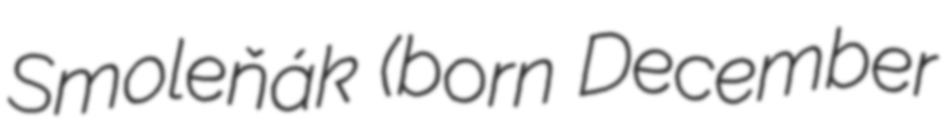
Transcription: Smoleňák (born December